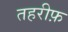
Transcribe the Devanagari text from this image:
तहरीफ़